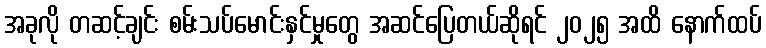
အခုလို တဆင့်ချင်း စမ်းသပ်မောင်းနှင်မှုတွေ အဆင်ပြေတယ်ဆိုရင် ၂၀၂၅ အထိ နောက်ထပ်